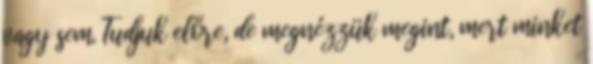
vagy sem. Tudjuk előre, de megnézzük megint, mert minket